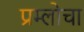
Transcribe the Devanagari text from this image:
प्रम्लोचा